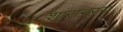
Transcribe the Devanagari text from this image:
शासनस्य